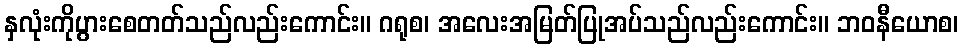
နှလုံးကိုပွားစေတတ်သည်လည်းကောင်း။ ဂရုစ၊ အလေးအမြတ်ပြုအပ်သည်လည်းကောင်း။ ဘဝနီယောစ၊